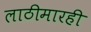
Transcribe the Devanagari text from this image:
लाठीमारही